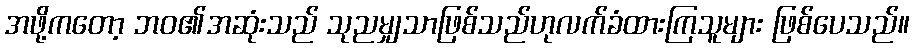
အဖို့ကတော့ ဘဝ၏အဆုံးသည် သုညမျှသာဖြစ်သည်ဟုလက်ခံထားကြသူများ ဖြစ်ပေသည်။